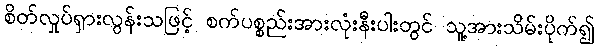
စိတ်လှုပ်ရှားလွန်းသဖြင့် စက်ပစ္စည်းအားလုံးနီးပါးတွင် သူ့အားသိမ်းပိုက်၍